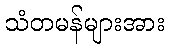
သံတမန်များအား